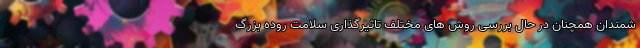
شمندان همچنان در حال بررسی روش های مختلف تاثیرگذاری سلامت روده بزرگ